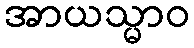
အာယသ္မာဝ